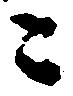
ニ